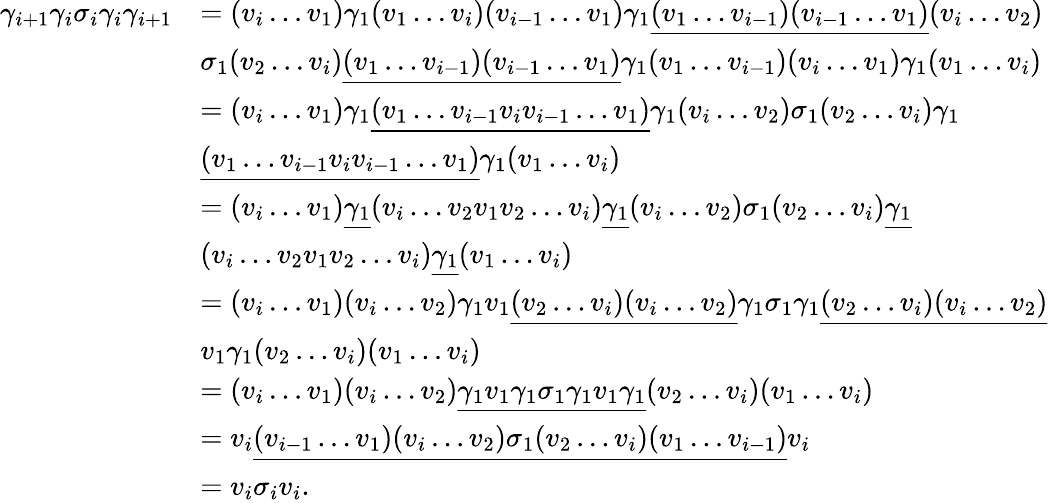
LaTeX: \begin{array}{rl}{\gamma_{i+1}\gamma_{i}\sigma_{i}\gamma_{i}\gamma_{i+1}}&{=(v_{i}\ldots v_{1})\gamma_{1}(v_{1}\ldots v_{i})(v_{i-1}\ldots v_{1})\gamma_{1}\underline{{(v_{1}\ldots v_{i-1})(v_{i-1}\ldots v_{1})}}(v_{i}\ldots v_{2})}\\ &{\sigma_{1}(v_{2}\ldots v_{i})\underline{{(v_{1}\ldots v_{i-1})(v_{i-1}\ldots v_{1})}}\gamma_{1}(v_{1}\ldots v_{i-1})(v_{i}\ldots v_{1})\gamma_{1}(v_{1}\ldots v_{i})}\\ &{=(v_{i}\ldots v_{1})\gamma_{1}\underline{{(v_{1}\ldots v_{i-1}v_{i}v_{i-1}\ldots v_{1})}}\gamma_{1}(v_{i}\ldots v_{2})\sigma_{1}(v_{2}\ldots v_{i})\gamma_{1}}\\ &{\underline{{(v_{1}\ldots v_{i-1}v_{i}v_{i-1}\ldots v_{1})}}\gamma_{1}(v_{1}\ldots v_{i})}\\ &{=(v_{i}\ldots v_{1})\underline{{\gamma_{1}}}(v_{i}\ldots v_{2}v_{1}v_{2}\ldots v_{i})\underline{{\gamma_{1}}}(v_{i}\ldots v_{2})\sigma_{1}(v_{2}\ldots v_{i})\underline{{\gamma_{1}}}}\\ &{(v_{i}\ldots v_{2}v_{1}v_{2}\ldots v_{i})\underline{{\gamma_{1}}}(v_{1}\ldots v_{i})}\\ &{=(v_{i}\ldots v_{1})(v_{i}\ldots v_{2})\gamma_{1}v_{1}\underline{{(v_{2}\ldots v_{i})(v_{i}\ldots v_{2})}}\gamma_{1}\sigma_{1}\gamma_{1}\underline{{(v_{2}\ldots v_{i})(v_{i}\ldots v_{2})}}}\\ &{v_{1}\gamma_{1}(v_{2}\ldots v_{i})(v_{1}\ldots v_{i})}\\ &{=(v_{i}\ldots v_{1})(v_{i}\ldots v_{2})\underline{{\gamma_{1}v_{1}\gamma_{1}\sigma_{1}\gamma_{1}v_{1}\gamma_{1}}}(v_{2}\ldots v_{i})(v_{1}\ldots v_{i})}\\ &{=v_{i}\underline{{(v_{i-1}\ldots v_{1})(v_{i}\ldots v_{2})\sigma_{1}(v_{2}\ldots v_{i})(v_{1}\ldots v_{i-1})}}v_{i}}\\ &{=v_{i}\sigma_{i}v_{i}.}\end{array}